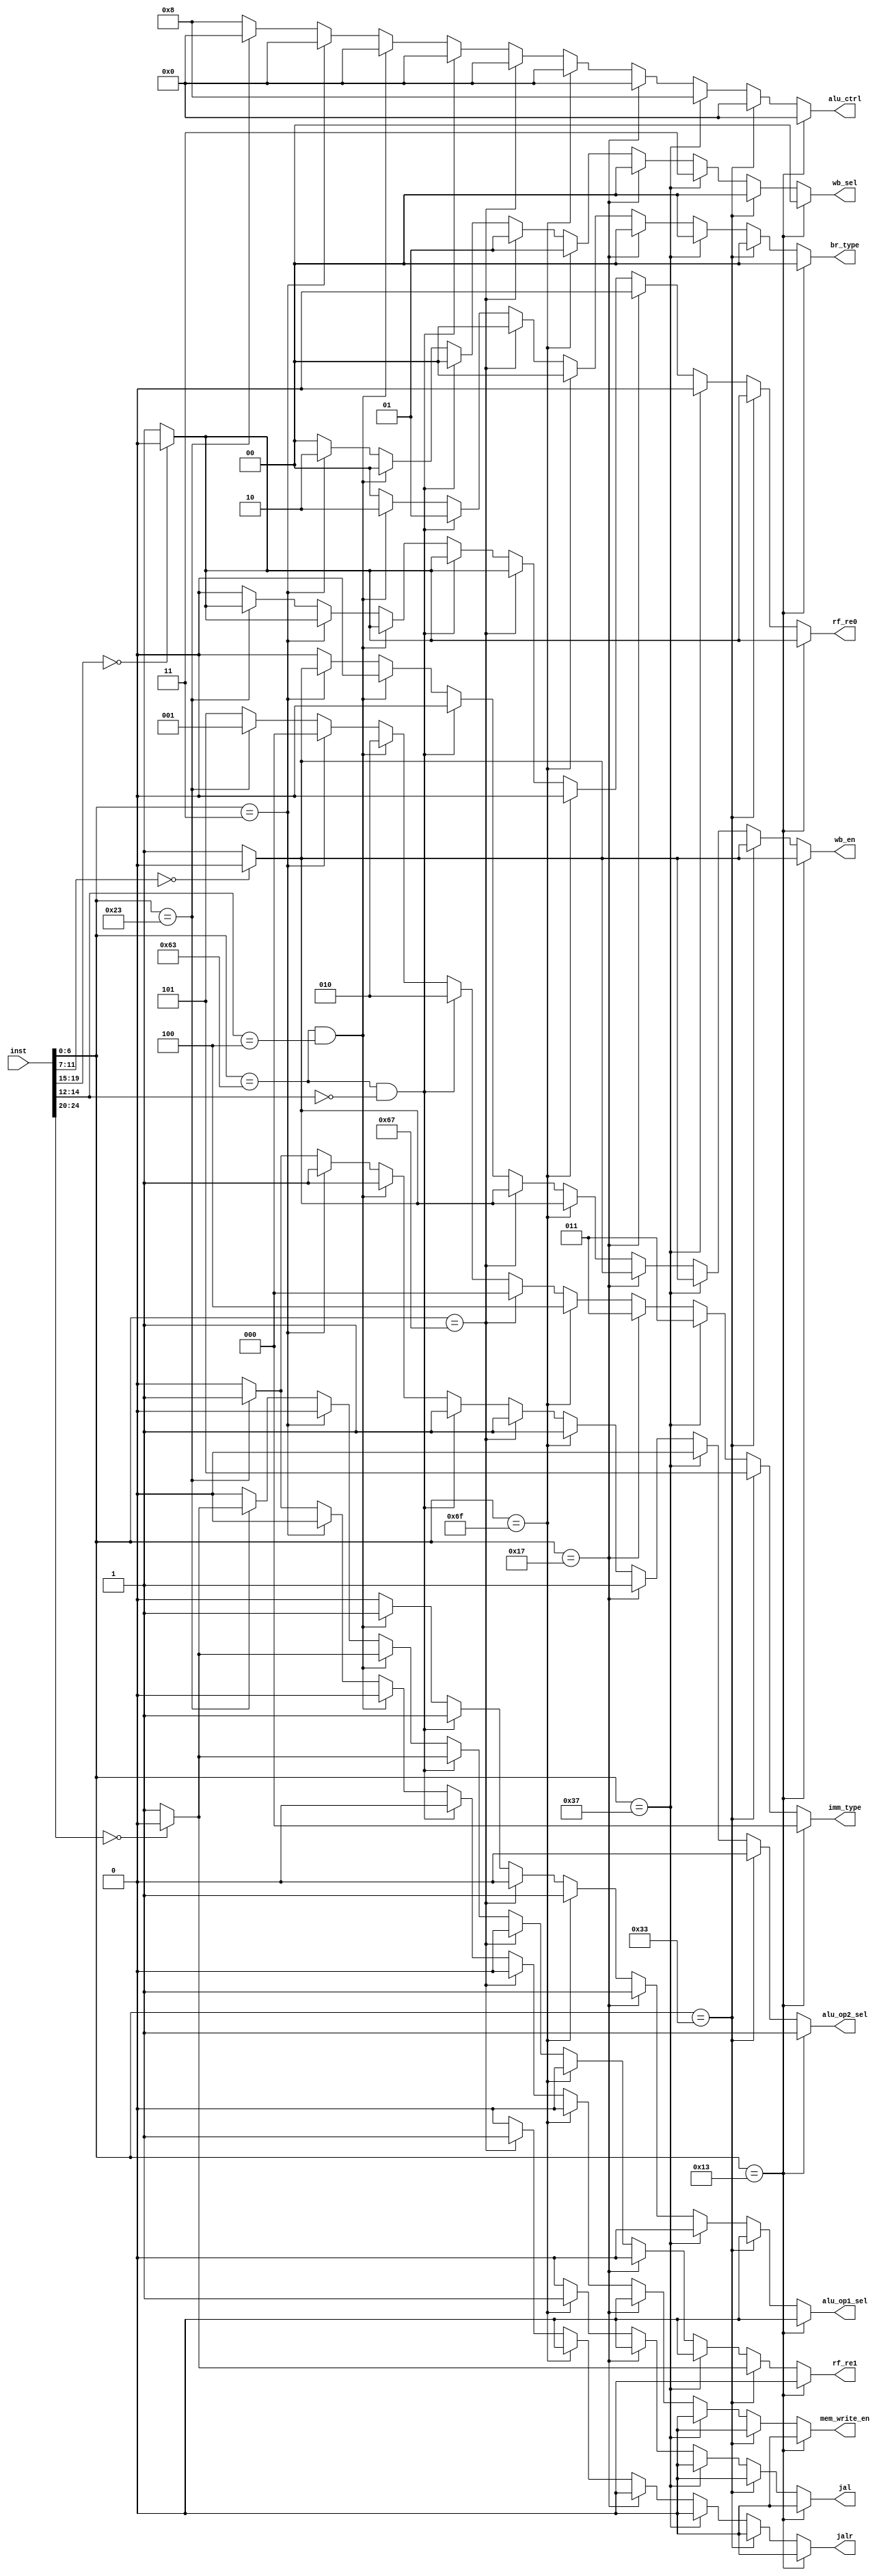
`timescale 1ns / 1ps

module CTRL(
input [31:0] inst,
output reg jal,
output reg jalr,
output reg [1:0] br_type,
output reg wb_en,
output reg [1:0] wb_sel,
output reg alu_op2_sel, alu_op1_sel,
output reg [3:0] alu_ctrl,
output reg [2:0] imm_type,
output reg mem_write_en,
output reg rf_re0, rf_re1
);

always@(*)
begin
	if (inst[6:0] == 7'b0010011)//addi
	begin
		jal = 0;
		jalr = 0;
		br_type = 0;
		alu_op1_sel = 0;
		alu_op2_sel = 1;
		wb_sel = 0;
		alu_ctrl = 0;
		imm_type = 0;
		mem_write_en = 0;
		if (inst[11:7] == 3'b000) wb_en = 0;
		else wb_en = 1;
		if (inst[19:15] == 3'b000) rf_re0 = 0;
		else rf_re0 = 1;
		rf_re1 = 0;
	end
	else if (inst[6:0] == 7'b0110011)//add
	begin
		jal = 0;
		jalr = 0;
		br_type = 0;
		alu_op1_sel = 0;
		alu_op2_sel = 0;
		wb_sel = 0;
		alu_ctrl = 0;
		imm_type = 5;
		mem_write_en = 0;
		if (inst[11:7] == 3'b000) wb_en = 0;
		else wb_en = 1;
		if (inst[19:15] == 3'b000) rf_re0 = 0;
		else rf_re0 = 1;
		if (inst[24:20] == 3'b000) rf_re1 = 0;
		else rf_re1 = 1;
	end
	else if (inst[6:0] == 7'b0110111)//lui
	begin
		jal = 0;
		jalr = 0;
		br_type = 0;
		alu_op1_sel = 0;
		alu_op2_sel = 0;
		wb_sel = 3;
		alu_ctrl = 8;
		imm_type = 3;
		mem_write_en = 0;
		if (inst[11:7] == 3'b000) wb_en = 0;
		else wb_en = 1;
		rf_re0 = 0;
		rf_re1 = 0;
	end
	else if (inst[6:0] == 7'b0010111)//auipc
	begin
		jal = 0;
		jalr = 0;
		br_type = 0;
		alu_op1_sel = 1;
		alu_op2_sel = 1;
		wb_sel = 0;
		alu_ctrl = 0;
		imm_type = 3;
		mem_write_en = 0;
		if (inst[11:7] == 3'b000) wb_en = 0;
		else wb_en = 1;
		rf_re0 = 0;
		rf_re1 = 0;
	end
	else if (inst[6:0] == 7'b1101111)//jal
	begin
		jal = 1;
		jalr = 0;
		br_type = 0;
		alu_op1_sel = 1;
		alu_op2_sel = 1;
		wb_sel = 1;
		alu_ctrl = 0;
		imm_type = 4;
		mem_write_en = 0;
		if (inst[11:7] == 3'b000) wb_en = 0;
		else wb_en = 1;
		rf_re0 = 0;
		rf_re1 = 0;
	end
	else if (inst[6:0] == 7'b1100111)//jalr
	begin
		jal = 0;
		jalr = 1;
		br_type = 0;
		alu_op1_sel = 0;
		alu_op2_sel = 1;
		wb_sel = 1;
		alu_ctrl = 0;
		imm_type = 0;
		mem_write_en = 0;
		if (inst[11:7] == 3'b000) wb_en = 0;
		else wb_en = 1;
		if (inst[19:15] == 3'b000) rf_re0 = 0;
		else rf_re0 = 1;
		rf_re1 = 0;
	end
	else if (inst[6:0] == 7'b1100011 && inst[14:12] == 3'b000)//beq
	begin
		jal = 0;
		jalr = 0;
		br_type = 1;
		alu_op1_sel = 1;
		alu_op2_sel = 1;
		wb_sel = 0;
		alu_ctrl = 0;
		imm_type = 2;
		mem_write_en = 0;
		wb_en = 0;
		if (inst[19:15] == 3'b000) rf_re0 = 0;
		else rf_re0 = 1;
		if (inst[24:20] == 3'b000) rf_re1 = 0;
		else rf_re1 = 1;
	end
	else if (inst[6:0] == 7'b1100011 && inst[14:12] == 3'b100)//blt
	begin
		jal = 0;
		jalr = 0;
		br_type = 2;
		alu_op1_sel = 1;
		alu_op2_sel = 1;
		wb_sel = 0;
		alu_ctrl = 0;
		imm_type = 2;
		mem_write_en = 0;
		wb_en = 0;
		if (inst[19:15] == 3'b000) rf_re0 = 0;
		else rf_re0 = 1;
		if (inst[24:20] == 3'b000) rf_re1 = 0;
		else rf_re1 = 1;
	end
	else if (inst[6:0] == 7'b0000011)//lw
	begin
		jal = 0;
		jalr = 0;
		br_type = 0;
		alu_op1_sel = 0;
		alu_op2_sel = 1;
		wb_sel = 2;
		alu_ctrl = 0;
		imm_type = 0;
		mem_write_en = 0;
		if (inst[11:7] == 3'b000) wb_en = 0;
		else wb_en = 1;
		if (inst[19:15] == 3'b000) rf_re0 = 0;
		else rf_re0 = 1;
		rf_re1 = 0;
	end
	else if (inst[6:0] == 7'b0100011)//sw
	begin
		jal = 0;
		jalr = 0;
		br_type = 0;
		alu_op1_sel = 0;
		alu_op2_sel = 1;
		wb_sel = 0;
		alu_ctrl = 0;
		imm_type = 1;
		mem_write_en = 1;
		wb_en = 0;
		if (inst[19:15] == 3'b000) rf_re0 = 0;
		else rf_re0 = 1;
		if (inst[24:20] == 3'b000) rf_re1 = 0;
		else rf_re1 = 1;
	end
	else 
	begin
		jal = 0;
		jalr = 0;
		br_type = 0;
		wb_en = 0;
		alu_op1_sel = 0;
		alu_op2_sel = 0;
		wb_sel = 0;
		alu_ctrl = 8;
		imm_type = 5;
		mem_write_en = 0;
		wb_en = 0;
		rf_re0 = 0;
		rf_re1 = 0;
	end
end
endmodule